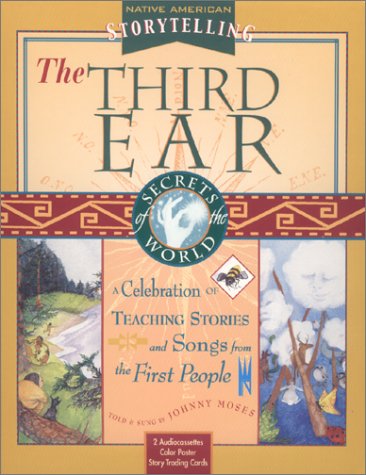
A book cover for The Third Ear: A Storytelling Kit A Celebration of Teaching Stories and Songs from the First People Native American Storytelling; Johnny Moses; Children's Books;